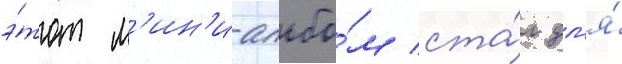
э́тот м'ин'и-альбо́м ста́л дл'я́